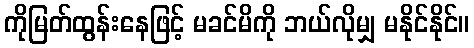
ကိုမြတ်ထွန်းနေဖြင့် မခင်မိကို ဘယ်လိုမျှ မနိုင်နိုင်။